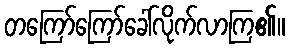
တကြော်ကြော်ခေါ်လိုက်လာကြ၏။